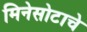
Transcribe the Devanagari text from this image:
मिनेसोटाचे